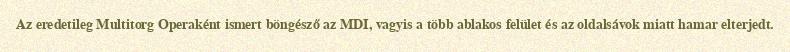
Az eredetileg Multitorg Operaként ismert böngésző az MDI, vagyis a több ablakos felület és az oldalsávok miatt hamar elterjedt.